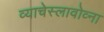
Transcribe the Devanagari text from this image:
व्याचेस्लावोव्ना